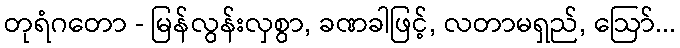
တုရံဂတော - မြန်လွန်းလှစွာ, ခဏခါဖြင့်, လတာမရှည်, ဩော်...